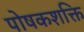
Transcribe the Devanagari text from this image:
पोषकशक्ति